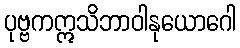
ပုဗ္ဗကဣသိဘာဝါနုယောဂေါ